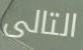
التالى